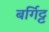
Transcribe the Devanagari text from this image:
बर्गिट्ट